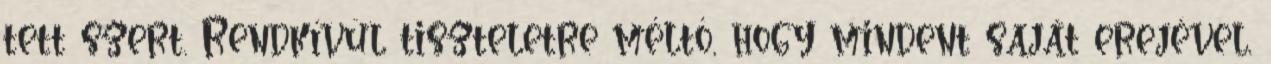
tett szert. Rendkívül tiszteletre méltó, hogy mindent saját erejével,